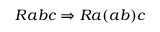
R a b c \Rightarrow R a ( a b ) c